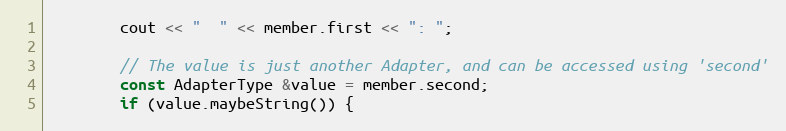
Language: C++
        cout << "  " << member.first << ": ";

        // The value is just another Adapter, and can be accessed using 'second'
        const AdapterType &value = member.second;
        if (value.maybeString()) {